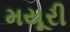
મયૂરી